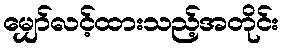
မျှော်လင့်ထားသည့်အတိုင်း